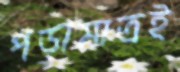
পড়ামাত্রই